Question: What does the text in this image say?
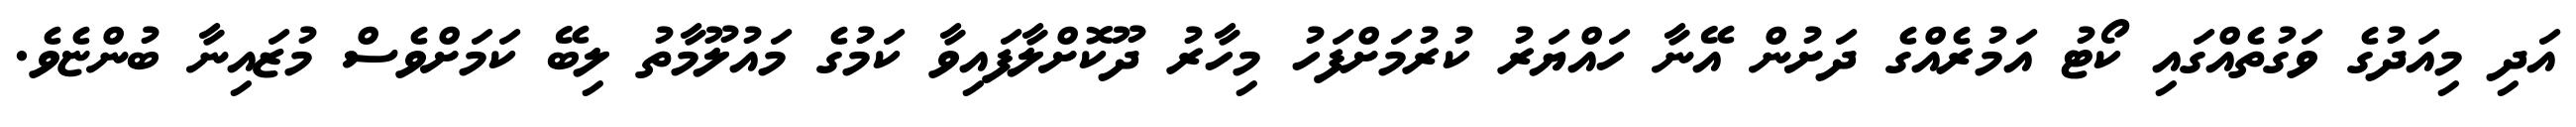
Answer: އަދި މިއަދުގެ ވަގުތެއްގައި ކޯޓު އަމުރެއްގެ ދަށުން އޭނާ ހައްޔަރު ކުރުމަށްފަހު މިހާރު ދޫކޮށްލާފައިވާ ކަމުގެ މައުލޫމާތު ލިބޭ ކަމަށްވެސް މުޒައިނާ ބުންޏެވެ.